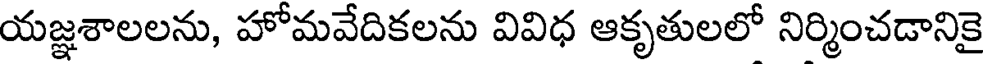
యజ్ఞశాలలను, హోమవేదికలను వివిధ ఆకృతులలో నిర్మించడానికై